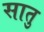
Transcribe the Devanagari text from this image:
सातु